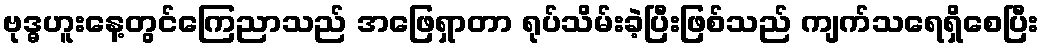
ဗုဒ္ဓဟူးနေ့တွင်ကြေညာသည် အဖြေရှာတာ ရုပ်သိမ်းခဲ့ပြီးဖြစ်သည် ကျက်သရေရှိစေပြီး